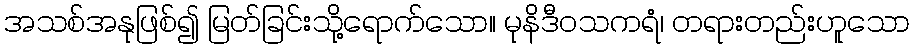
အသစ်အနုဖြစ်၍ မြတ်ခြင်းသို့ရောက်သော။ မုနိဒီဝသကရံ၊ တရားတည်းဟူသော